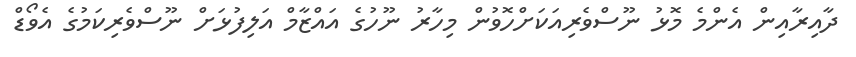
ދާއިރާއިން އެންމެ މޮޅު ނޫސްވެރިއަކަށްހޮވުން މިހާރު ނޫހުގެ އައްޒާމް އަލިފުޅަށް ނޫސްވެރިކަމުގެ އެވޯޑް